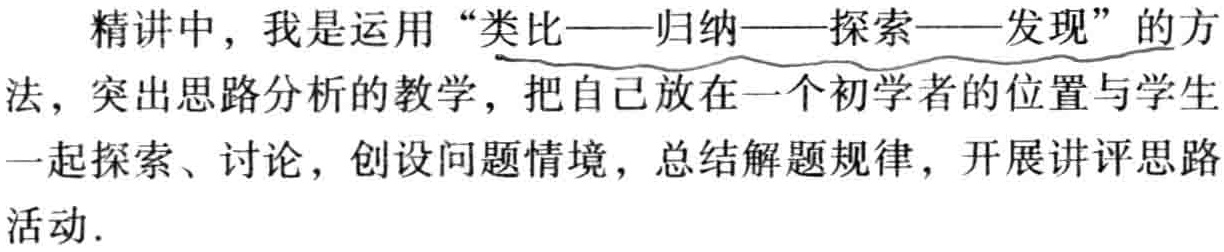
精讲中，我是运用“类比——归纳——探索——发现”的方法，突出思路分析的教学，把自己放在一个初学者的位置与学生一起探索、讨论，创设问题情境，总结解题规律，开展讲评思路活动.